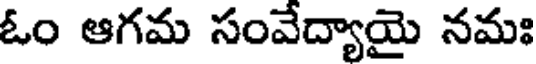
ఓం ఆగమ సంవేద్యాయై నమః